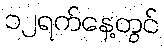
၁၂ရက်နေ့တွင်